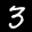
Label: 3